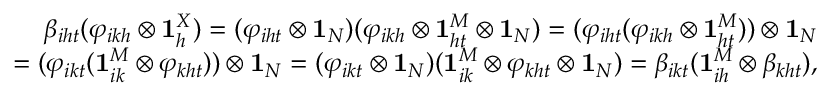
\begin{array} { r } { \beta _ { i h t } ( \varphi _ { i k h } \otimes \mathbf { 1 } _ { h } ^ { X } ) = ( \varphi _ { i h t } \otimes \mathbf { 1 } _ { N } ) ( \varphi _ { i k h } \otimes \mathbf { 1 } _ { h t } ^ { M } \otimes \mathbf { 1 } _ { N } ) = ( \varphi _ { i h t } ( \varphi _ { i k h } \otimes \mathbf { 1 } _ { h t } ^ { M } ) ) \otimes \mathbf { 1 } _ { N } } \\ { = ( \varphi _ { i k t } ( \mathbf { 1 } _ { i k } ^ { M } \otimes \varphi _ { k h t } ) ) \otimes \mathbf { 1 } _ { N } = ( \varphi _ { i k t } \otimes \mathbf { 1 } _ { N } ) ( \mathbf { 1 } _ { i k } ^ { M } \otimes \varphi _ { k h t } \otimes \mathbf { 1 } _ { N } ) = \beta _ { i k t } ( \mathbf { 1 } _ { i h } ^ { M } \otimes \beta _ { k h t } ) , } \end{array}